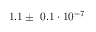
1 . 1 \pm ~ 0 . 1 \cdot 1 0 ^ { - 7 }